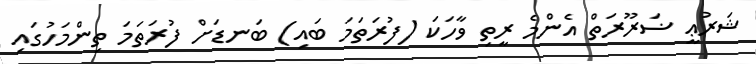
ޝަރުޢީ ޟަރޫރަތް އެންމެ ރީތި ވާހަކަ (ފުރަތަމަ ބައި) ބަނޑަށް ފުރަތަމަ ތިންމަހުގައި